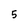
Character: 5